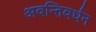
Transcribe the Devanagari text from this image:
अवन्तिवर्धन